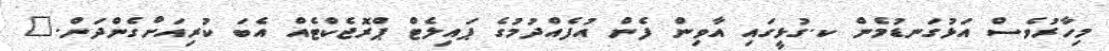
މިހާރުވެސް އަޅުގަނޑުމެން ކ.ގުޅީގައި އާވިން ފެން އުފެއްދުމުގެ ޕައިލެޓް ޕްރޮޖެކްޓެއް އެބަ ކުރިއަށްގެންދަން."